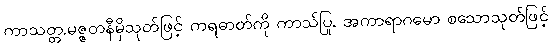
ကာသတ္တ.မဇ္ဇတနီမှိသုတ်ဖြင့် ကရဓာတ်ကို ကာသ်ပြု, အကာရာဂမော စသောသုတ်ဖြင့်